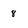
Character: 8